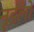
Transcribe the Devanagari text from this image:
नूडलों